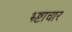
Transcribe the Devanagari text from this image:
भ्र्ष्टाचार